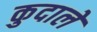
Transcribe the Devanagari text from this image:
कुदालें